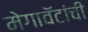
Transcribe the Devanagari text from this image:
मेगावॅटांची